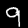
Digit: 9